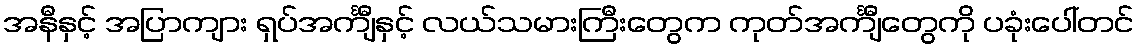
အနီနှင့် အပြာကျား ရှပ်အင်္ကျီနှင့် လယ်သမားကြီးတွေက ကုတ်အင်္ကျီတွေကို ပခုံးပေါ်တင်